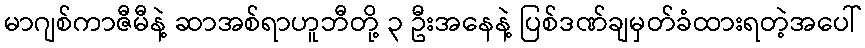
မာဂျစ်ကာဇီမီနဲ့ ဆာအစ်ရာဟူဘီတို့ ၃ ဦးအနေနဲ့ ပြစ်ဒဏ်ချမှတ်ခံထားရတဲ့အပေါ်